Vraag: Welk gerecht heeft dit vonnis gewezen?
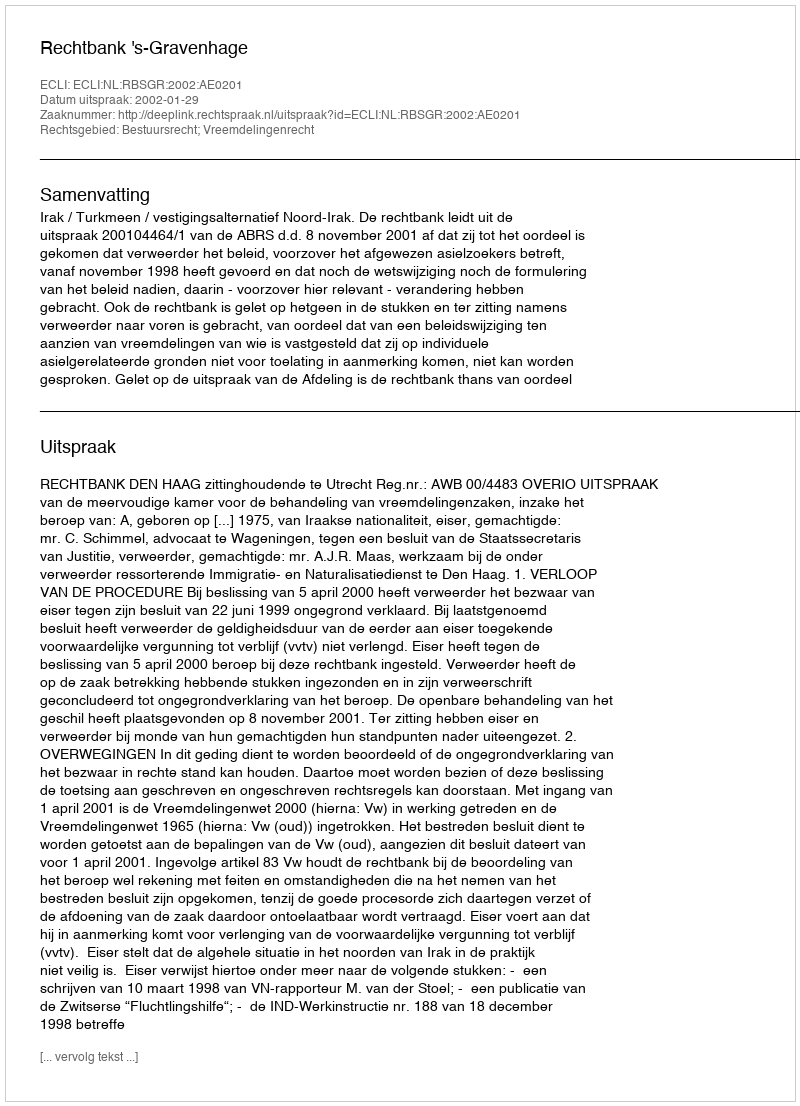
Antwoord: Rechtbank 's-Gravenhage